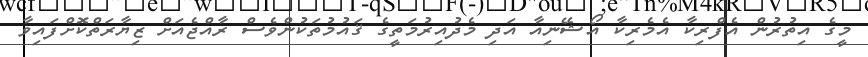
މީގެ އިތުރުން އެފްރިކާ އެމެރިކާ އޯޝޭނިއާ އަދި މެދުއިރުމަތީގެ ޤައުމުތަކުންވެސް ރާއްޖެއަށް ޒިޔާރަތްކޮށްފައިވާ